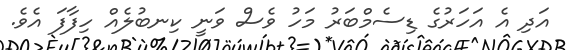
އަދި އެ އަހަރުގެ ޑިސެމްބަރު މަހު ވެސް ވަނީ ކިނބުލެއް ހިފާފަ އެވެ.